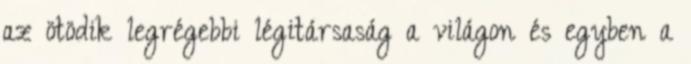
az ötödik legrégebbi légitársaság a világon és egyben a